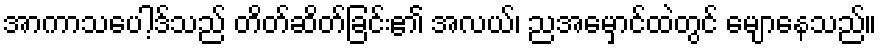
အာကာသပေါ့ဒ်သည် တိတ်ဆိတ်ခြင်း၏ အလယ်၊ ညအမှောင်ထဲတွင် မျောနေသည်။